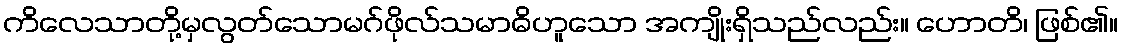
ကိလေသာတို့မှလွတ်သောမဂ်ဖိုလ်သမာဓိဟူသော အကျိုးရှိသည်လည်း။ ဟောတိ၊ ဖြစ်၏။